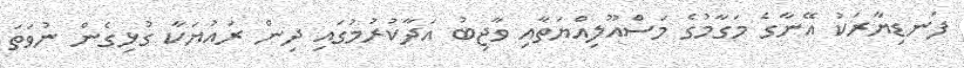
ފަނޑިޔާރަކު އޭނާގެ މަގާމުގެ މަސްއޫލިއްޔަތާއި ވާޖިބު އަދާކުރުމުގައި ދިން ރައުޔަކާ ގުޅިގެން ނުވަތަ